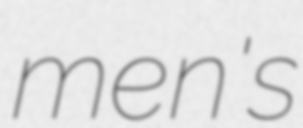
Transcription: men's